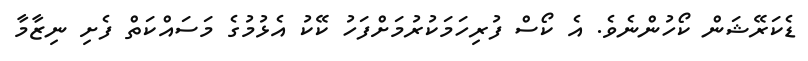
ޑެކަރޭޝަން ކޯހުންނެވެ. އެ ކޯސް ފުރިހަމަކުރުމަށްފަހު ކޭކު އެޅުމުގެ މަސައްކަތް ފެށި ނިޒާމާ